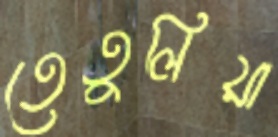
তেতুলিয়া